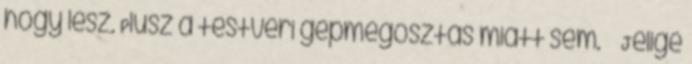
hogy lesz. Plusz a testvéri gépmegosztás miatt sem. Jelige